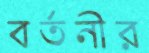
বর্তনীর